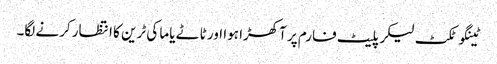
ٹینگو ٹکٹ لیکر پلیٹ فارم پر آکھڑا ہوا اور ٹاٹے یاما کی ٹرین کا انتظار کرنے لگا۔